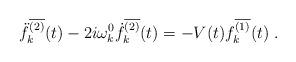
LaTeX: \begin{align*}\ddot{f}_k^{\overline{(2)}}(t)-2i\omega_k^0\dot{f}_k^{\overline{(2)}}(t)=-V(t)f_k^{\overline{(1)}}(t) \; .\end{align*}